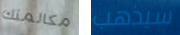
مكالمتك سيذهب